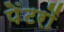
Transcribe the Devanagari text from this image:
पेंटरों